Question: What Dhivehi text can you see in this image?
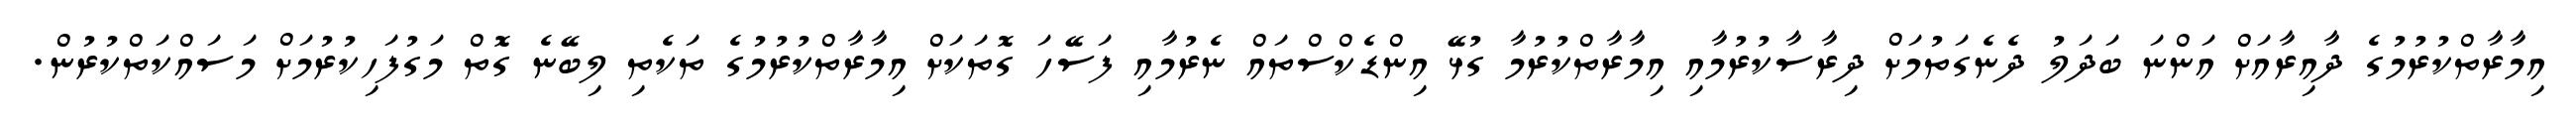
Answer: އިމާރާތްކުރުމުގެ ދާއިރާއަށް އަންނަ ބަދަލު ދެނެގަތުމަށް ދިރާސާކުރުމާއި އިމާރާތްކުރުމާ ގުޅޭ އިންޑެކްސްތައް ނެރުމާއި ފަސޭހަ ގޮތަކަށް އިމާރާތްކުރުމުގެ ތަކެތި ލިބޭނެ ގޮތް މަގުފަހިކުރުމަށް މަސައްކަތްކުރުން.